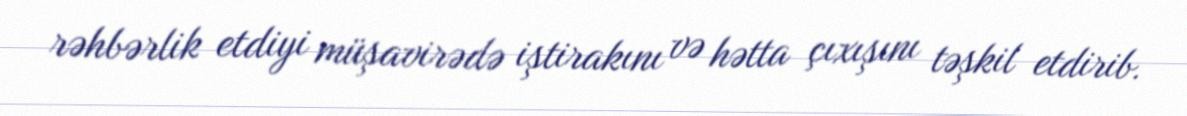
rəhbərlik etdiyi müşavirədə iştirakını və hətta çıxışını təşkil etdirib.